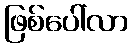
ဖြစ်ပေါ်လာ